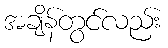
အချိန်တွင်လည်း